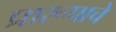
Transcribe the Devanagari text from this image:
प्रारूपाचे